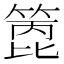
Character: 𥰑